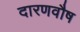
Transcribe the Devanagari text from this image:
दारणवौष